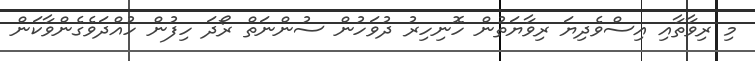
މި ރިވާތާއި އިސްވެދިޔަ ރިވާޔަތުން ހޮނިހިރު ދުވަހުން ސުންނަތް ރޯދަ ހިފުން ހުއްދަވެގެންވާކަން